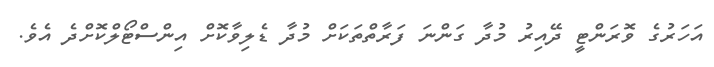
އަހަރުގެ ވޮރަންޓީ ދޭއިރު މުދާ ގަންނަ ފަރާތްތަކަށް މުދާ ޑެލިވާކޮށް އިންސްޓޯލްކޮށްދެ އެވެ.